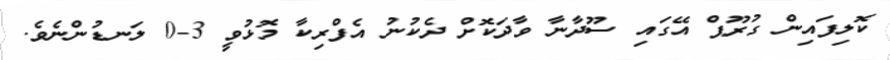
ކޮލިފައިން ގުރޫޕް އޭގައި ސޫދާނާ ވާދަކޮށް ދެކުނު އެފްރިކާ މޮޅުވީ 3-0 ލަނޑުންނެވެ.